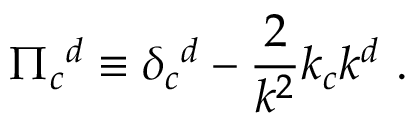
\Pi _ { c } { } ^ { d } \equiv \delta _ { c } { } ^ { d } - { \frac { 2 } { k ^ { 2 } } } k _ { c } k ^ { d } \ .